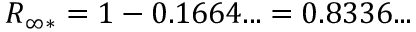
\begin{array} { r } { R _ { \infty * } = 1 - 0 . 1 6 6 4 . . . = 0 . 8 3 3 6 . . . } \end{array}